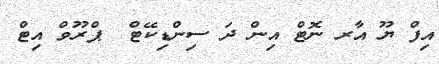
އިފް ޔޫ އާރ ނޮޓް އިން ދަ ސިންޑިކޭޓް  ޕްރޫވް އިޓް